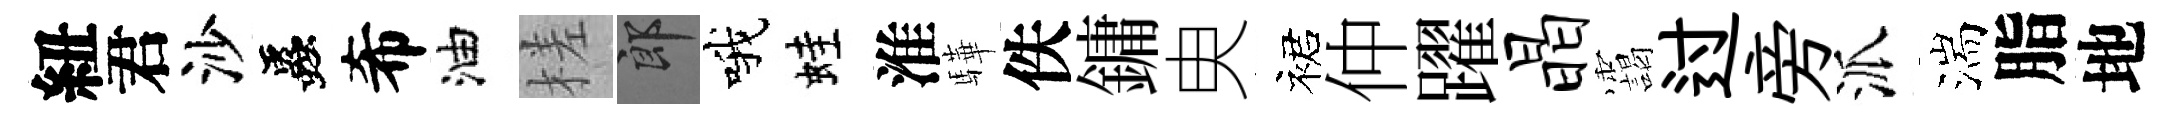
紐君沙蟲希油槎郎哦蛙淮驊佚鏞㬰裙仲躍晶靄过旁派湍脂地